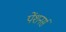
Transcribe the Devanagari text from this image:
पेंशनर्स